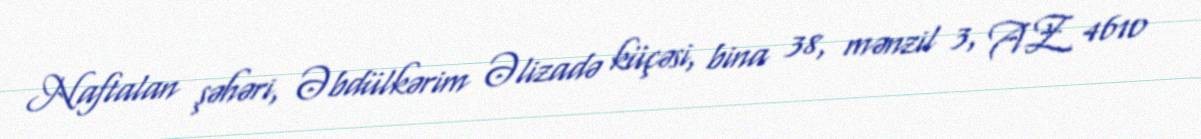
Naftalan şəhəri, Əbdülkərim Əlizadə küçəsi, bina 38, mənzil 3, AZ 4610